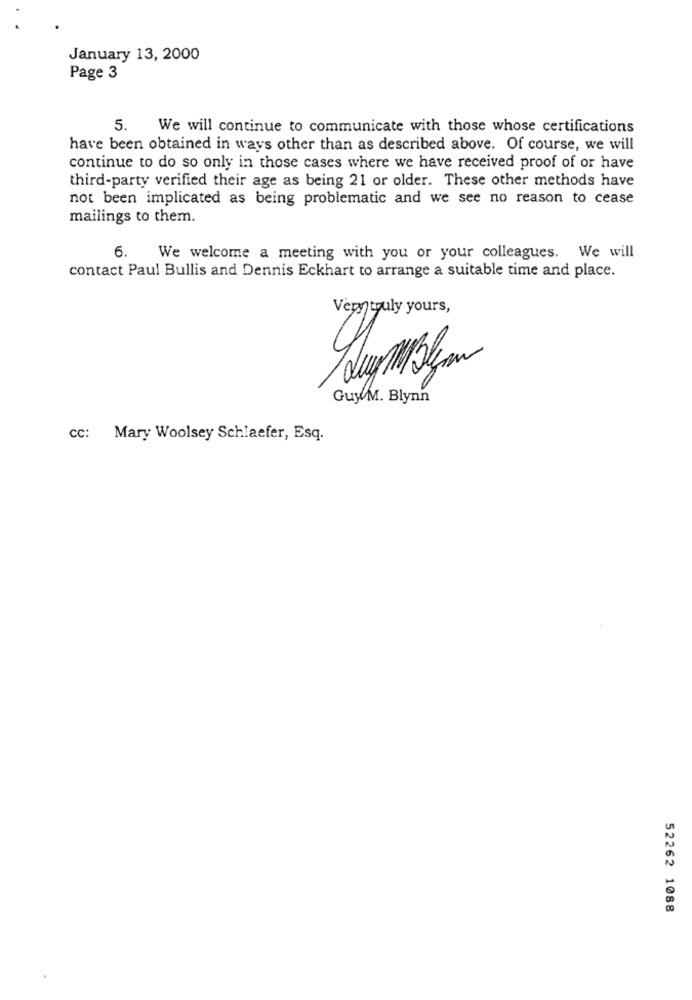
January 13, 2000
Page 3
5.
We will continue to communicate with those whose certifications
have been obtained in ways other than as described above. Of course, we will
continue to do so only in those cases where we have received proof of or have
third-party verified their age as being 21 or older. These other methods have
not been implicated as being problematic and we see no reason to cease
mailings to them.
6.
We welcome a meeting with you or your colleagues. We will
contact Paul Bullis and Dennis Eckhart to arrange a suitable time and place.
Very truly yours,
GuyM. Blynn
CC: Mary Woolsey Schlaefer, Esq.
52262 1088